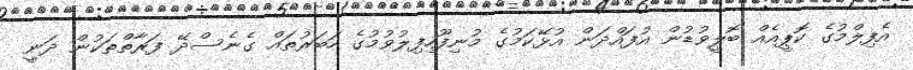
އެފިލްމުގެ ކޮޕީއެއް ބޮލީވުޑުން އުފައްދަން އުޅޭކަމުގެ މުނިފޫހިފިލުވުމުގެ ހަބަރުތައް ގެނެސްދޭ ފަރާތްތަކުން ދަނީ